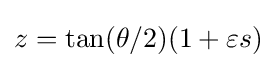
z=\tan(\theta /2)(1+\varepsilon s)